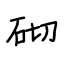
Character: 砌